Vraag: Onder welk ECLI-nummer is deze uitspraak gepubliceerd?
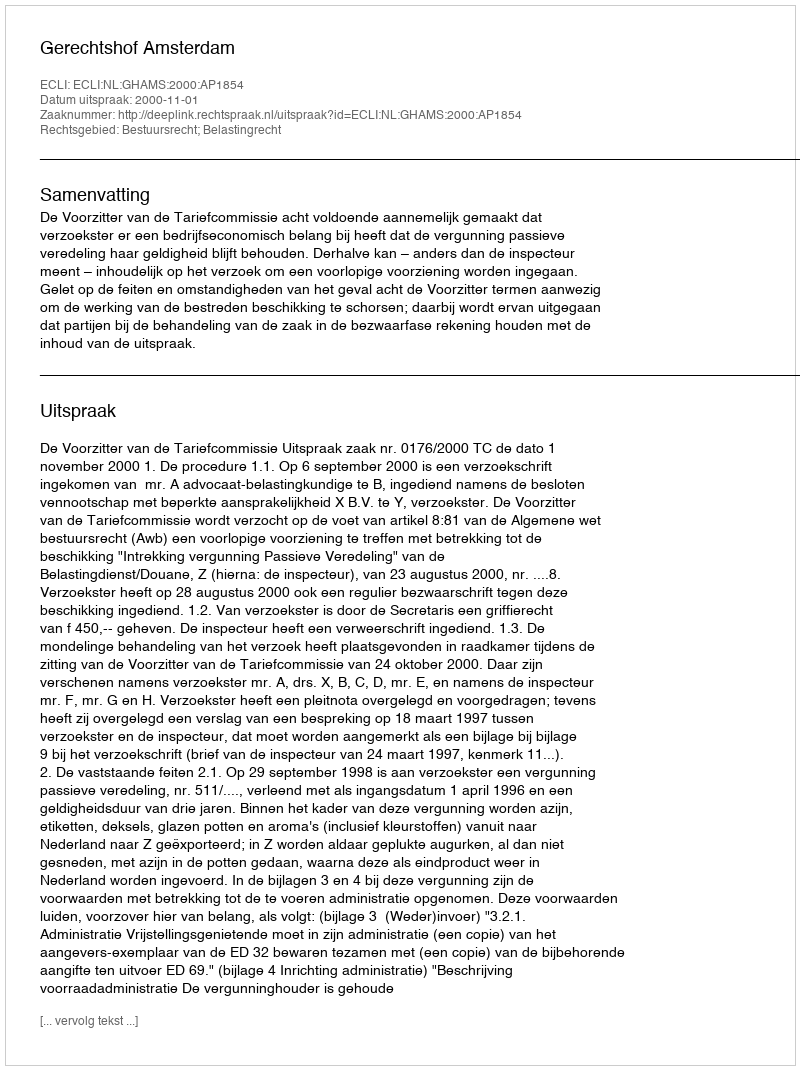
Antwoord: ECLI:NL:GHAMS:2000:AP1854